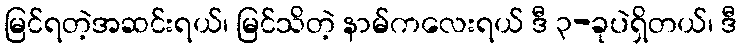
မြင်ရတဲ့အဆင်းရယ်၊ မြင်သိတဲ့ နာမ်ကလေးရယ် ဒီ ၃-ခုပဲရှိတယ်၊ ဒီ